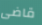
قاضى